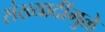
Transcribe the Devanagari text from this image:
संख्यादींमुळे